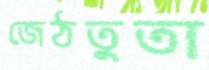
জেঠতুতা